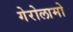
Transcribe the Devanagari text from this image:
गेरोलामो